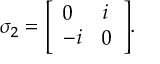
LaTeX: \sigma _ { 2 } = { \left[ \begin{array} { l l } { 0 } & { i } \\ { - i } & { 0 } \end{array} \right] } .